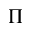
\Pi